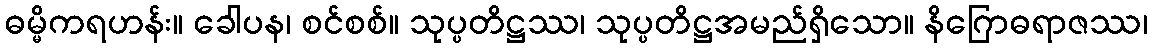
ဓမ္မိကရဟန်း။ ခေါပန၊ စင်စစ်။ သုပ္ပတိဋ္ဌဿ၊ သုပ္ပတိဋ္ဌအမည်ရှိသော။ နိဂြောဓရာဇဿ၊